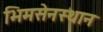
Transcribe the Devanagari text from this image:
भिमसेनस्थान